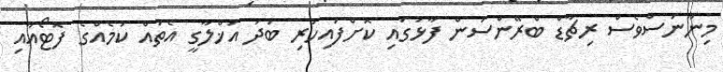
މިނޫނަސްވެސް ރިޗާޑް ބްރޭންސަން ފާޅުގައި ކޮށްފައިހުރި ބަދު އަޚްލާގީ އެތައް ކަމެއްގެ ފޮޓޯއާއި